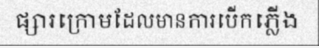
ផ្សារក្រោមដែលមានការបើកភ្លើង